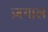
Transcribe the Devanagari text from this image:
ज़गाल